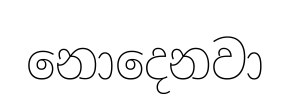
නොදෙනවා